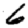
Digit: 6